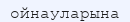
ойнауларына